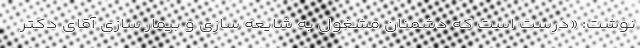
نوشت: «درست است که دشمنان مشغول به شایعه سازی و بیمار سازی آقای دکتر